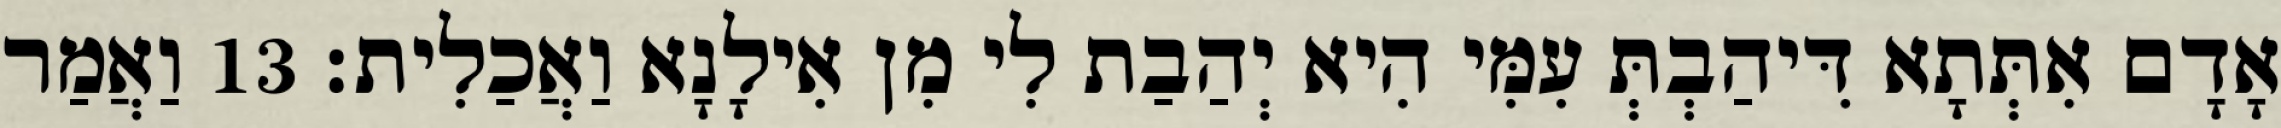
אָדָם אִתְּתָא דִּיהַבְתְּ עִמִּי הִיא יְהַבַת לִי מִן אִילָנָא וַאֲכַלִית׃ 13 וַאֲמַר